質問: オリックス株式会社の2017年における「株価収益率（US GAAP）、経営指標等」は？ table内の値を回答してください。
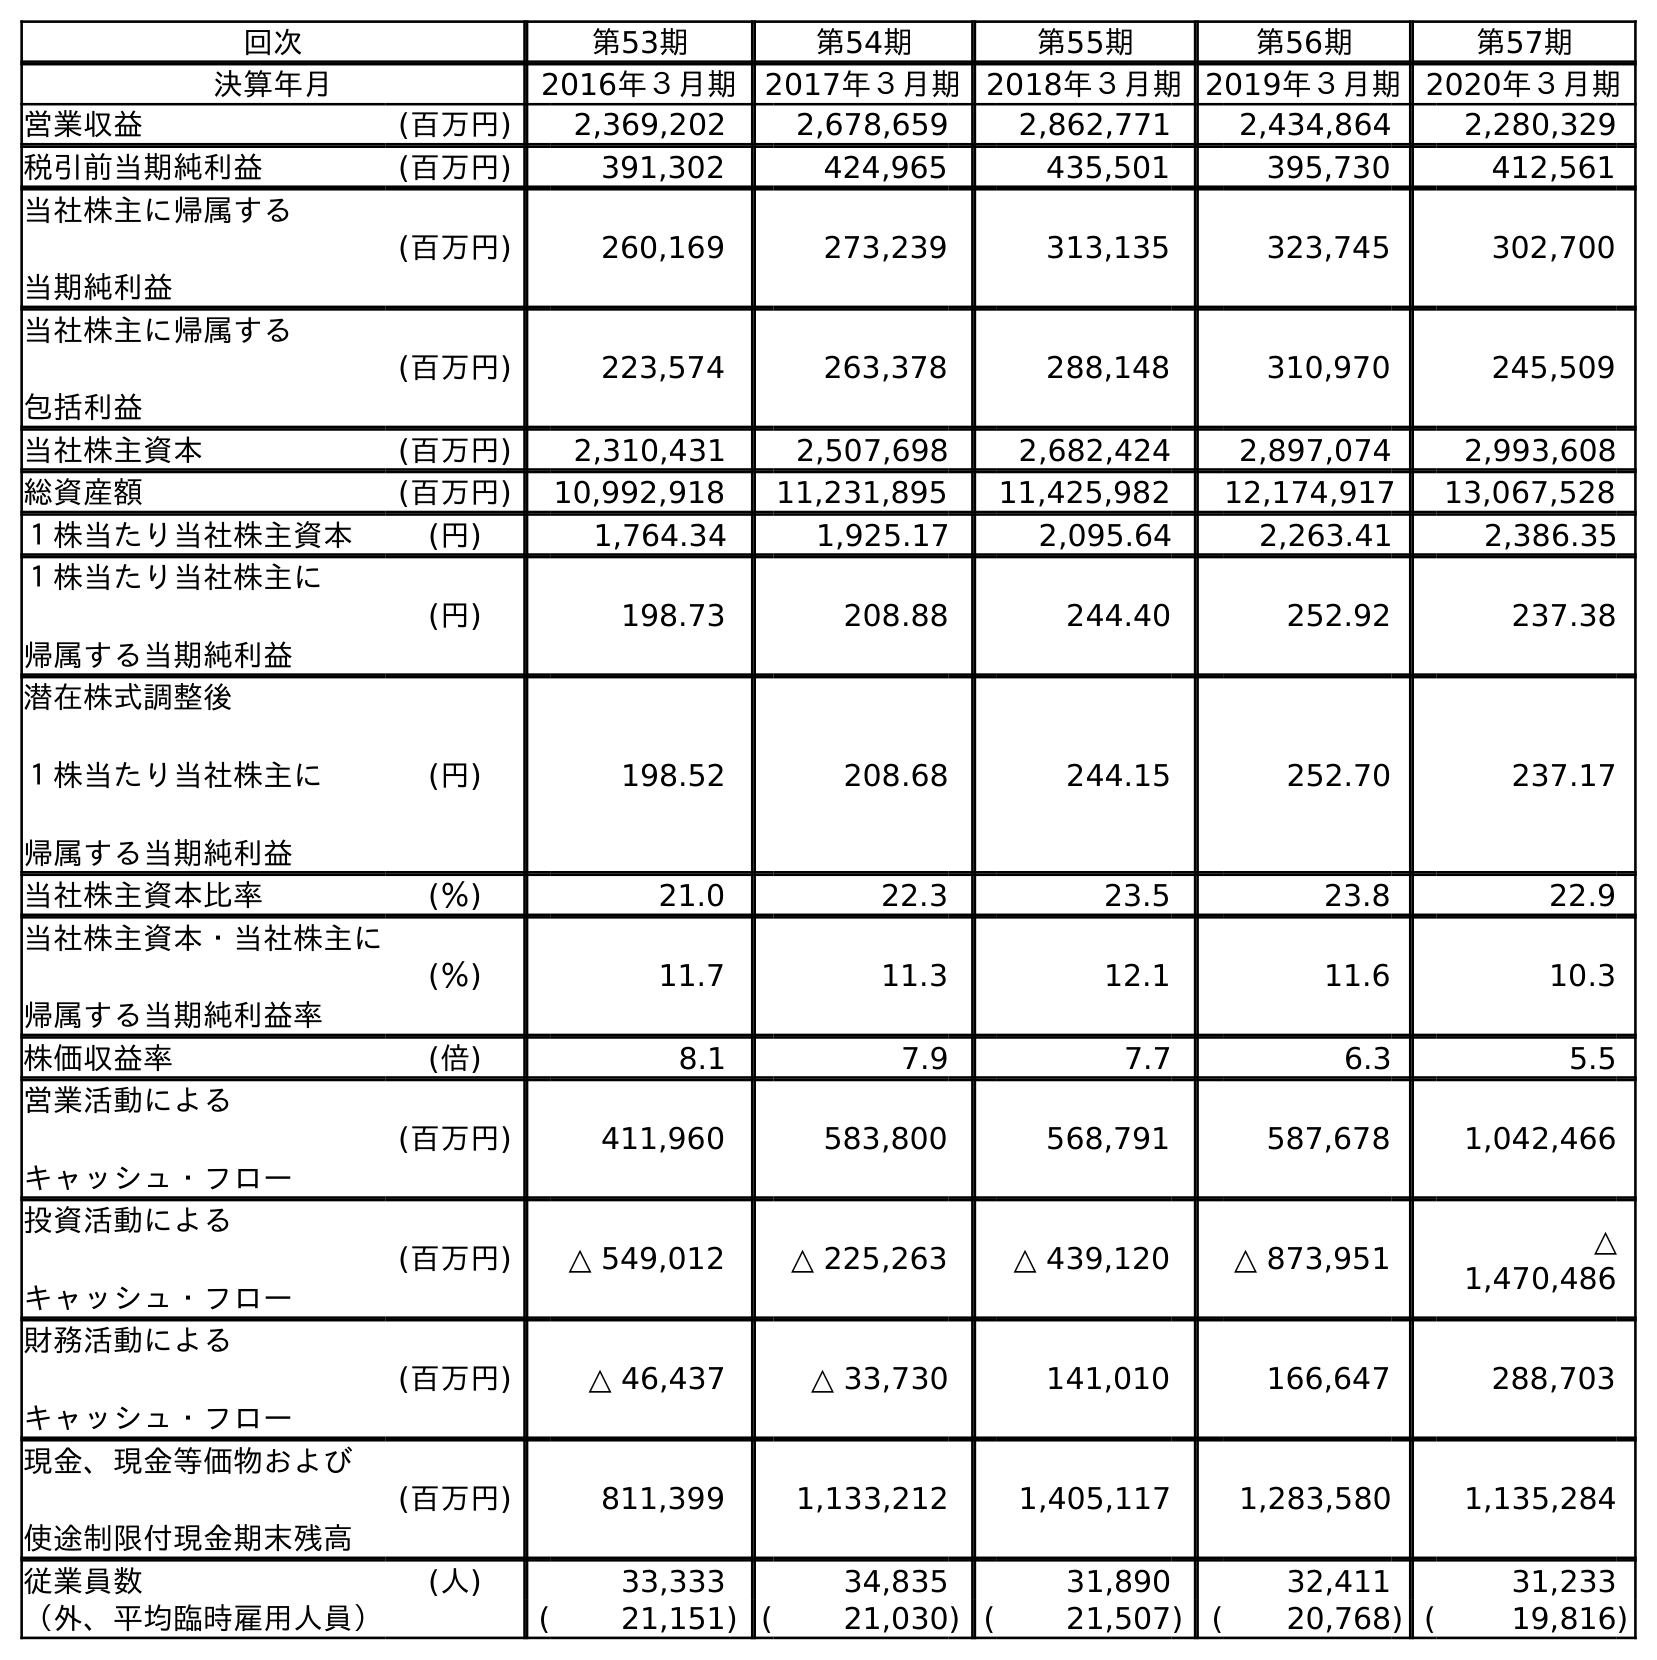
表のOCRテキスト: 回次 第53期 第54期 第55期 第56期 第57期 決算年月 2016年３月期 2017年３月期 2018年３月期2019年３月期2020年３月期 営業収益 (百万円) 2,369,202 2,678,659 2,862,771 2,434,864 2,280,329 税引前当期純利益 (百万円) 391,302 424,965 435,501 395,730 412,561 当社株主に帰属する 当期純利益 (百万円) 260,169 273,239 313,135 323,745 302,700 当社株主に帰属する 包括利益 (百万円) 223,574 263,378 288,148 310,970 245,509 当社株主資本 (百万円) 2,310,431 2,507,698 2,682,424 2,897,074 2,993,608 総資産額 (百万円) 10,992,918 11,231,895 11,425,982 12,174,917 13,067,528 １株当たり当社株主資本 (円) 1,764.34 1,925.17 2,095.64 2,263.41 2,386.35 １株当たり当社株主に 帰属する当期純利益 (円) 198.73 208.88 244.40 252.92 237.38 潜在株式調整後 １株当たり当社株主に 帰属する当期純利益 (円) 198.52 208.68 244.15 252.70 237.17 当社株主資本比率 (％) 21.0 22.3 23.5 23.8 22.9 当社株主資本・当社株主に 帰属する当期純利益率 (％) 11.7 11.3 12.1 11.6 10.3 株価収益率 (倍) 8.1 7.9 7.7 6.3 5.5 営業活動による キャッシュ・フロー (百万円) 411,960 583,800 568,791 587,678 1,042,466 投資活動による キャッシュ・フロー (百万円) △ 549,012 △ 225,263 △ 439,120 △ 873,951 △ 1,470,486 財務活動による キャッシュ・フロー (百万円) △ 46,437 △ 33,730 141,010 166,647 288,703 現金、現金等価物および 使途制限付現金期末残高 (百万円) 811,399 1,133,212 1,405,117 1,283,580 1,135,284 従業員数 (人) 33,333 34,835 31,890 32,411 31,233 （外、平均臨時雇用人員） ( 21,151) ( 21,030) ( 21,507) ( 20,768) ( 19,816)
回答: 7.9